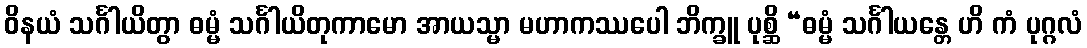
ဝိနယံ သင်္ဂါယိတွာ ဓမ္မံ သင်္ဂါယိတုကာမော အာယသ္မာ မဟာကဿပေါ ဘိက္ခူ ပုစ္ဆိ “ဓမ္မံ သင်္ဂါယန္တေ ဟိ ကံ ပုဂ္ဂလံ